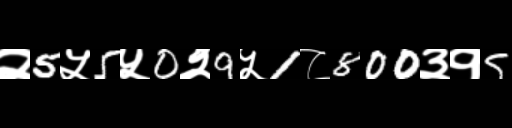
Text: २5५5५0२9५1८800३१5